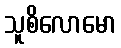
သူစိလောမော